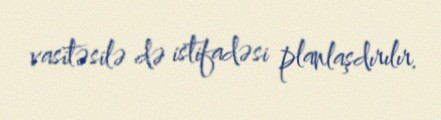
vasitəsilə də istifadəsi planlaşdırılır.